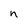
Character: n